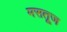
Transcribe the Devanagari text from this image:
मसतूज